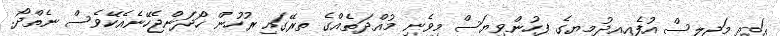
އަދި މަޖިލިސް އުފެއއދުމޔގެ ފހުންވިޔަސް މިވެނި މުއްދަތެއްގެ ތރޭގައި ރުހުން ހޯދަންޖެހޭނެއެކޭވެސް ނެތްދޯ.